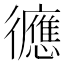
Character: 㣹